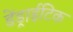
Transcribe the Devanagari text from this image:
डेंड्राईटिक